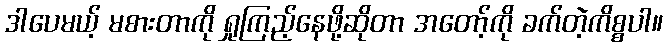
ဒါပေမယ့် မစားတာကို ရှုကြည့်နေဖို့ဆိုတာ အတော့်ကို ခက်တဲ့ကိစ္စပါ။